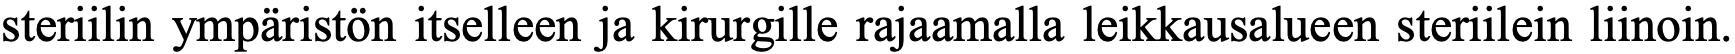
steriilin ympäristön itselleen ja kirurgille rajaamalla leikkausalueen steriilein liinoin.